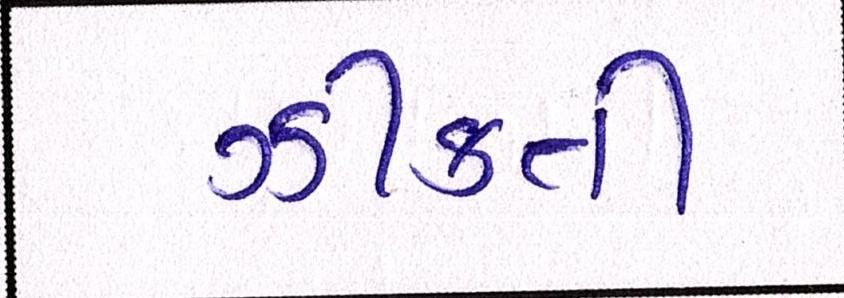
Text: ઝીંકતી